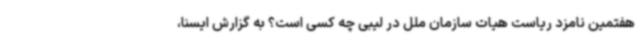
هفتمین نامزد ریاست هیات سازمان ملل در لیبی چه کسی است؟ به گزارش ایسنا،